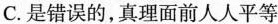
C. 是错误的，真理面前人人平等